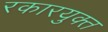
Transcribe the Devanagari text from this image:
रकारयुक्त